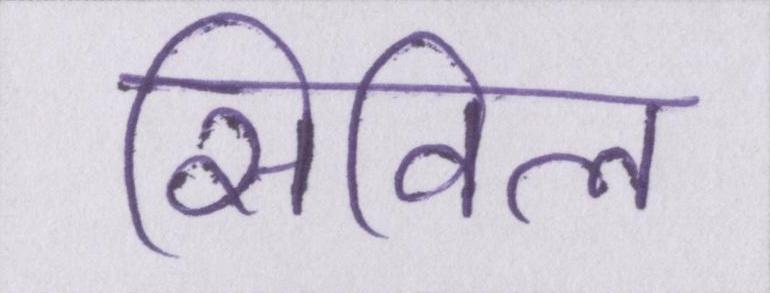
सिविल